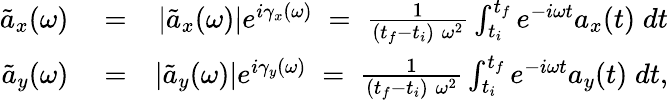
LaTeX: \begin{array}{rlr}{\tilde{a}_{x}(\omega)}&{{}=}&{|\tilde{a}_{x}(\omega)|e^{i\gamma_{x}(\omega)}\; =\; \frac{1}{(t_{f}-t_{i})\; \omega^{2}}\int_{t_{i}}^{t_{f}}e^{-i\omega t}a_{x}(t)\; dt}\\ {\tilde{a}_{y}(\omega)}&{{}=}&{|\tilde{a}_{y}(\omega)|e^{i\gamma_{y}(\omega)}\; =\; \frac{1}{(t_{f}-t_{i})\; \omega^{2}}\int_{t_{i}}^{t_{f}}e^{-i\omega t}a_{y}(t)\; dt,}\end{array}